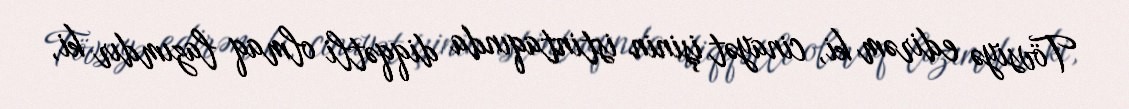
Tövsiyə edirəm ki, cinayət işinin istintaqında diqqətli olmaq lazımdır ki,